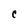
Character: C